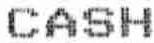
CASH